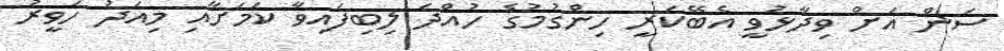
ސަން އަށް ވިދާޅުވީ އެބޭކަރީ ހިންގުމުގެ ހުއްދަ ލިބިފައިވާ ކަމަށާއި މިއަދު ހަވީރު